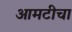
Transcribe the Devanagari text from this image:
आमटीचा